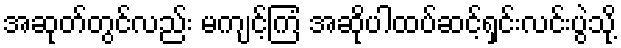
အဆုတ်တွင်လည်း မကျင့်ကြံ အဆိုပါထပ်ဆင့်ရှင်းလင်းပွဲသို့